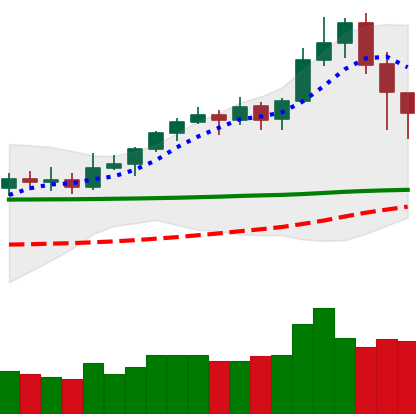
Ticker: XLM-USD
Chart end date: 2020-02-17
Forward return: -3.425%
Label: down_3_5